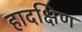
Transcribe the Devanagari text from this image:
हादक्षिण